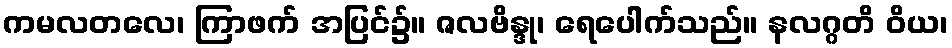
ကမလတလေ၊ ကြာဖက် အပြင်၌။ ဇလဗိန္ဒု၊ ရေပေါက်သည်။ နလဂ္ဂတိ ဝိယ၊